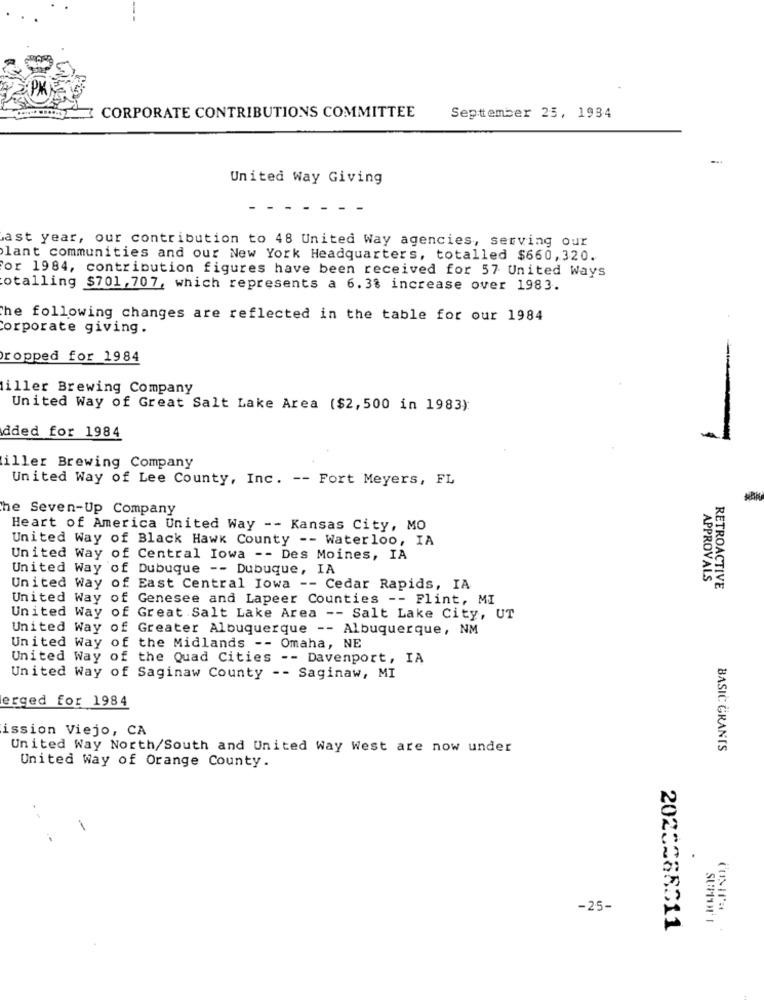
CORPORATE CONTRIBUTIONS COMMITTEE
September 25, 1934
United Way Giving
ast year, our contribution to 48 United Way agencies, serving our
lant communities and our New York Headquarters, totalled $660,320.
or 1984, contribution figures have been received for 57 United Ways
otalling $701,707, which represents a 6.3% increase over 1983.
the following changes are reflected in the table for our 1984
Corporate giving.
Dropped for 1984
-
iller Brewing Company
United Way of Great Salt Lake Area ($2,500 in 1983)
dded for 1984
iller Brewing Company
United Way of Lee County, Inc. -- Fort Meyers, FL
he Seven-Up Company
Heart of America United Way -- Kansas City, MO
United Way of Black Hawk County -- Waterloo, IA
United Way of Central Iowa -- Des Moines, IA
United Way of Dubuque -- Dubuque, IA
APPROVALS
United Way of East Central Iowa -- Cedar Rapids, IA
RETROACTIVE
United Way of Genesee and Lapeer Counties -- Flint, MI
United Way of Great Salt Lake Area -- Salt Lake City, UT
United Way of Greater Albuquerque -- Albuquerque, NM
United Way of the Midlands -- Omaha, NE
United Way of the Quad Cities -- Davenport, IA
United Way of Saginaw County -- Saginaw, MI
erged for 1984
ission Viejo, CA
United Way North/South and United Way West are now under
BASIC GRANIS
United Way of Orange County.
-25-
2020268011
SUPPORT